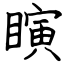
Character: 瞚